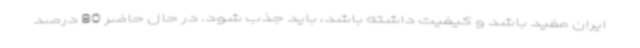
ایران مفید باشد و کیفیت داشته باشد، باید جذب شود. در حال حاضر 80 درصد